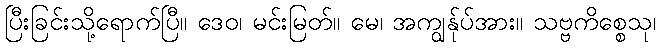
ပြီးခြင်းသို့ရောက်ပြီ။ ဒေဝ၊ မင်းမြတ်။ မေ၊ အကျွန်ုပ်အား။ သဗ္ဗကိစ္စေသု၊